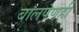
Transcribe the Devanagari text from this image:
बालपणही